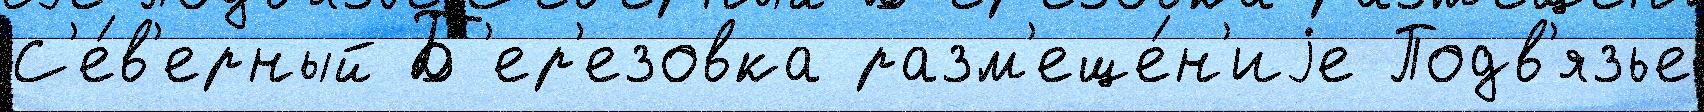
С'е́в'ерный Б'ер'езовка разм'еще́н'иjе Подв'язье